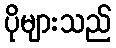
ပိုများသည်